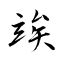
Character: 竢